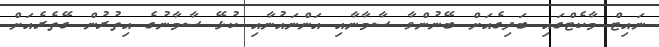
ނައިޓް މާކެޓްގައި ބަދިގެއަށް ބޭނުންވާ ސާމާނާއި އަންނައުނާއި ކުޅޭ ސާމާނުގެ އިތުރުން ގޭތެރެއަށް